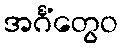
အင်္ဂံတွေဝ